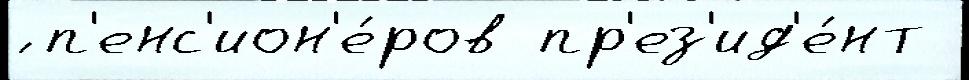
́ п'енс'ион'е́ров пр'ез'ид'е́нт